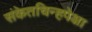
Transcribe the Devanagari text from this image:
संकेतचिन्हपेक्षा